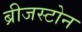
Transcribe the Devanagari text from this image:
ब्रीजस्टोन